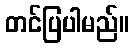
တင်ပြပါမည်။